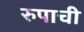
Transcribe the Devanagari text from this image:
रुपाची